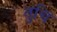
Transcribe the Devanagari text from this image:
तुचि